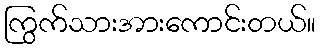
ကြွက်သားအားကောင်းတယ်။